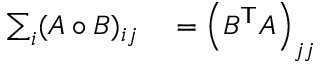
\begin{array} { r l } { \sum _ { i } ( A \circ B ) _ { i j } } & { { } = \left( B ^ { \mathsf { T } } A \right) _ { j j } } \end{array}